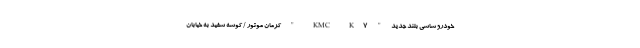
خودرو شاسی بلند جدید " KMC K7 " کرمان موتور / کوسه سفید به خیابان